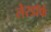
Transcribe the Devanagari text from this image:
लेरडॉर्फ